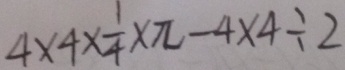
4 \times 4 \times \frac { 1 } { 4 } \times \pi - 4 \times 4 \div 2